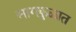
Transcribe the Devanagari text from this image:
सागकुळात